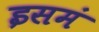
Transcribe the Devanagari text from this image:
इसमं